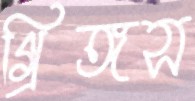
গ্রিঙ্গস